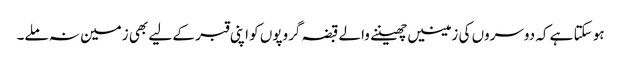
ہو سکتا ہے کہ دوسروں کی زمینیں چھیننے والے قبضہ گروپوں کو اپنی قبر کے لیے بھی زمین نہ ملے۔